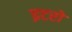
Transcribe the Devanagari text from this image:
इटरों